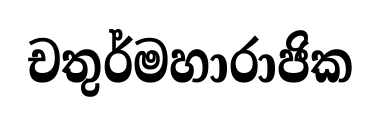
චතුර්මහාරාජික